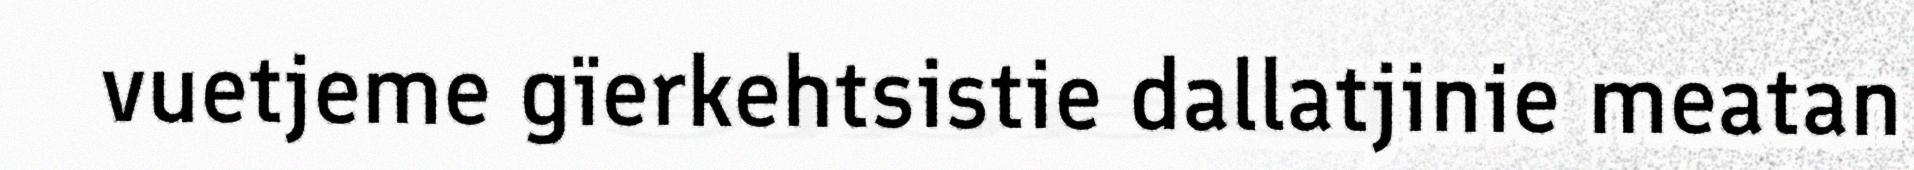
vuetjeme gïerkehtsistie dallatjinie meatan